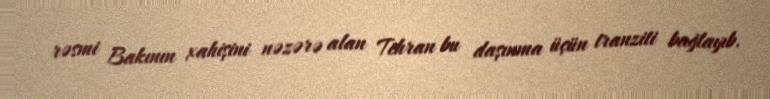
rəsmi Bakının xahişini nəzərə alan Tehran bu daşınma üçün tranziti bağlayıb.